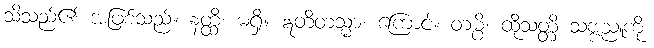
သိသည်၏ အဖြစ်သည်။ နတ္ထိ၊ မရှိ။ ဣတိတသ္မာ၊ ကြောင့်။ တမ္ပိ၊ ထိုသတ္တိ သဗ္ဗညူကို